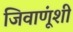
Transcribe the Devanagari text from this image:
जिवाणूंशी